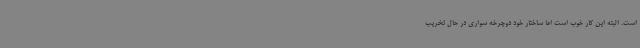
است. البته این کار خوب است اما ساختار خود دوچرخه سواری در حال تخریب